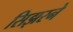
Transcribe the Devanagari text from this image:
सिझरने